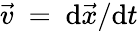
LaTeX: {\vec{v}}{\mathrm{~}}={\mathrm{~d}}{\vec{x}}/{\mathrm{d}}t